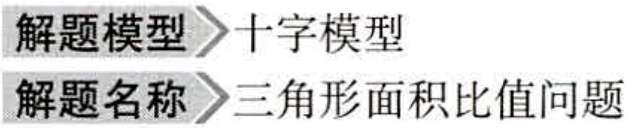
解题模型$\to$十字模型
解题名称$\to$三角形面积比值问题